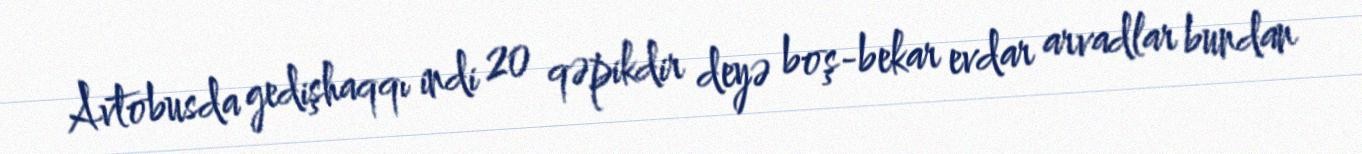
Avtobusda gedişhaqqı indi 20 qəpikdir deyə boş-bekar evdar arvadlar bundan